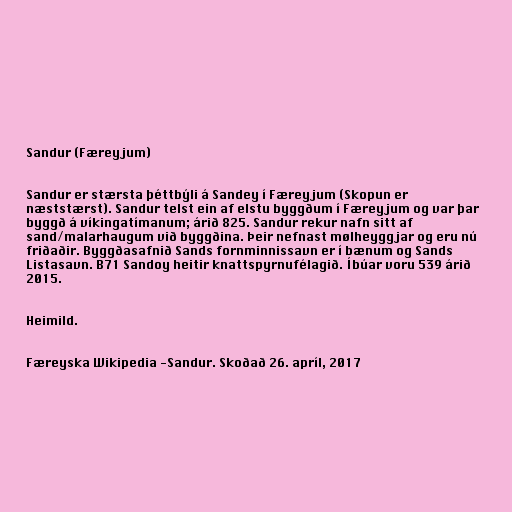
Sandur (Færeyjum)

Sandur er stærsta þéttbýli á Sandey í Færeyjum (Skopun er
næststærst). Sandur telst ein af elstu byggðum í Færeyjum og var þar
byggð á víkingatímanum; árið 825. Sandur rekur nafn sitt af
sand/malarhaugum við byggðina. Þeir nefnast mølheyggjar og eru nú
friðaðir. Byggðasafnið Sands fornminnissavn er í bænum og Sands
Listasavn. B71 Sandoy heitir knattspyrnufélagið. Íbúar voru 539 árið
2015.

Heimild.

Færeyska Wikipedia -Sandur. Skoðað 26. apríl, 2017